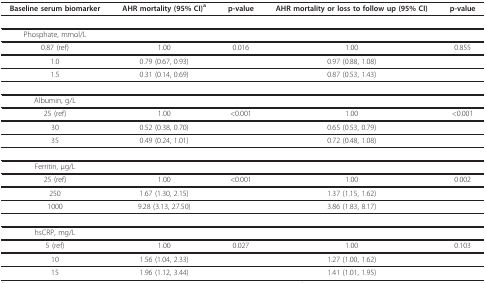
| Baseline serum biomarker | AHR mortality (95% CI)a | p-value | AHR mortality or loss to follow up (95% CI) | p-value |
 | --- | --- | --- | --- | --- |
 | Phosphate, mmol/L |  |  |  |  |
 | 0.87 (ref) | 1.00 | 0.016 | 1.00 | 0.855 |
 | 1.0 | 0.79 (0.67, 0.93) |  | 0.97 (0.88, 1.08) |  |
 | 1.5 | 0.31 (0.14, 0.69) |  | 0.87 (0.53, 1.43) |  |
 | Albumin, g/L |  |  |  |  |
 | 25 (ref) | 1.00 | <0.001 | 1.00 | <0.001 |
 | 30 | 0.52 (0.38, 0.70) |  | 0.65 (0.53, 0.79) |  |
 | 35 | 0.49 (0.24, 1.01) |  | 0.72 (0.48, 1.08) |  |
 | Ferritin, μg/L |  |  |  |  |
 | 25 (ref) | 1.00 | <0.001 | 1.00 | 0.002 |
 | 250 | 1.67 (1.30, 2.15) |  | 1.37 (1.15, 1.62) |  |
 | 1000 | 9.28 (3.13, 27.50) |  | 3.86 (1.83, 8.17) |  |
 | hsCRP, mg/L |  |  |  |  |
 | 5 (ref) | 1.00 | 0.027 | 1.00 | 0.103 |
 | 10 | 1.56 (1.04, 2.33) |  | 1.27 (1.00, 1.62) |  |
 | 15 | 1.96 (1.12, 3.44) |  | 1.41 (1.01, 1.95) |  |